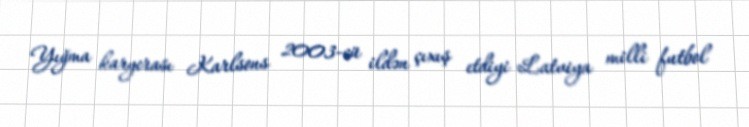
Yığma karyerası Karlsons 2003-cü ildən çıxış etdiyi Latviya milli futbol